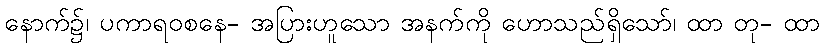
နောက်၌၊ ပကာရဝစနေ- အပြားဟူသော အနက်ကို ဟောသည်ရှိသော်၊ ထာ တု- ထာ